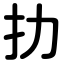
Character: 扐